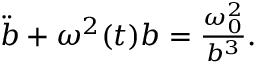
\begin{array} { r } { \ddot { b } + \omega ^ { 2 } ( t ) b = \frac { \omega _ { 0 } ^ { 2 } } { b ^ { 3 } } . } \end{array}